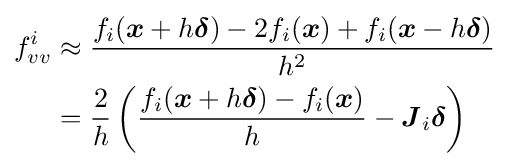
{\begin{aligned}f_{vv}^{i}&\approx {\frac {f_{i}({\boldsymbol {x}}+h{\boldsymbol {\delta }})-2f_{i}({\boldsymbol {x}})+f_{i}({\boldsymbol {x}}-h{\boldsymbol {\delta }})}{h^{2}}}\\&={\frac {2}{h}}\left({\frac {f_{i}({\boldsymbol {x}}+h{\boldsymbol {\delta }})-f_{i}({\boldsymbol {x}})}{h}}-{\boldsymbol {J}}_{i}{\boldsymbol {\delta }}\right)\end{aligned}}